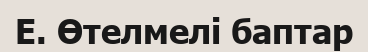
E. Өтелмелі баптар